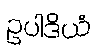
ဥပါဒိယံ